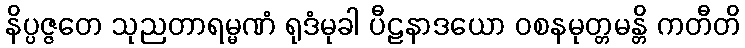
နိပ္ပဇ္ဇတေ သုညတာရမ္မဏံ ရုဒံမုခါ ပီဠနာဒယော ဝစနမုတ္တမန္တိ ကတီတိ